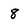
Character: 8